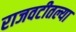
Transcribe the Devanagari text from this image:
राजवटीतल्या